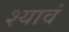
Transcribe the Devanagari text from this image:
श्यावं